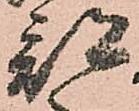
部